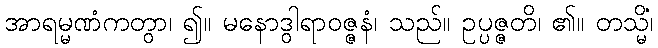
အာရမ္မဏံကတွာ၊ ၍။ မနောဒွါရာဝဇ္ဇနံ၊ သည်။ ဥပ္ပဇ္ဇတိ၊ ၏။ တသ္မိံ၊